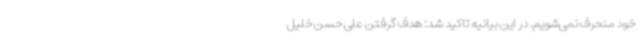
خود منحرف نمی‌شویم. در این بیانیه تاکید شد: هدف گرفتن علی حسن خلیل